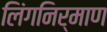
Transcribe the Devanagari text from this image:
लिंगनिर्माण